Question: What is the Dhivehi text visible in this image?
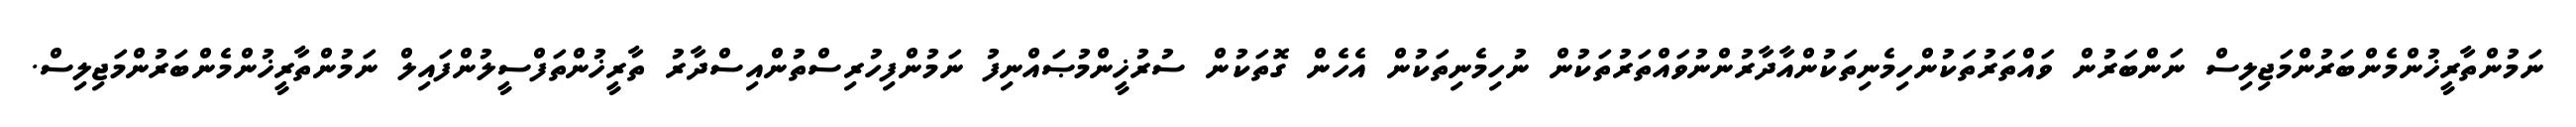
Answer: ނަމުންތާރީޚުންމެންބަރުންމަޖިލިސް ނަންބަރުން ވައްތަރުތަކުންހިމެނިތަކުންއާދާރުންނުވައްތަރުތަކުން ނުހިމެނިތަކުން އެހެން ގޮތަކުން ސުރުޚީންމުޞައްނިފު ނަމުންފިހުރިސްތުންއިސްދާރު ތާރީޚުންތަފްސީލުންފައިލް ނަމުންތާރީޚުންމެންބަރުންމަޖިލިސް.